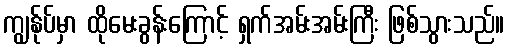
ကျွန်ုပ်မှာ ထိုမေးခွန်းကြောင့် ရှက်အမ်းအမ်းကြီး ဖြစ်သွားသည်။